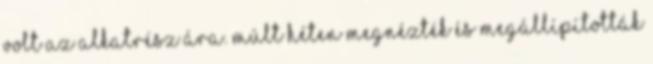
volt az alkatrész ára. Múlt héten megnézték és megállípították